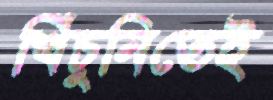
খিঁচুনিতেই